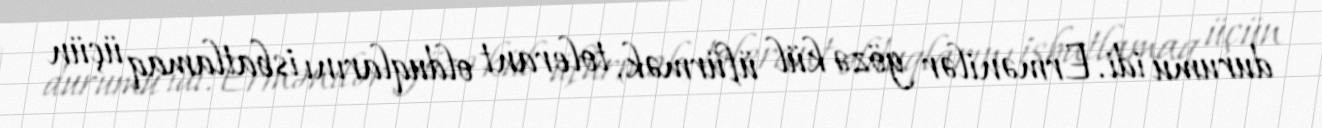
durumu idi. Ermənilər gözə kül üfürmək, tolerant olduqlarını isbatlamaq üçün